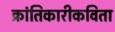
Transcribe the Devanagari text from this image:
क्रांतिकारीकविता